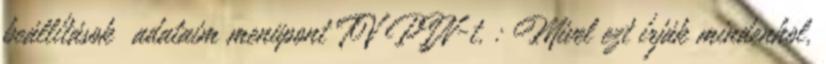
beállítások adataim menüpont TV PIN-t. : Mivel ezt írják mindenhol,